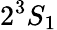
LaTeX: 2^{3}S_{1}